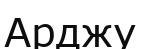
Арджу